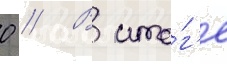
0 // В ито́г'е